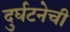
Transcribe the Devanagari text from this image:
दुर्घटनेची